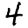
Digit: 4